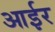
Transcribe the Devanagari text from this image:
आईर